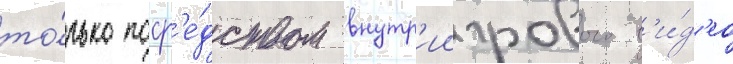
то́лько поср'е́дством внутр'иигрового в'и́д'ео